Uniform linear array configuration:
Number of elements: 8
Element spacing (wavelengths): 0.5
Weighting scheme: hamming
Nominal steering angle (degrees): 30
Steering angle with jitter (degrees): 28.308
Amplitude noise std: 0.05
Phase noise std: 0.05

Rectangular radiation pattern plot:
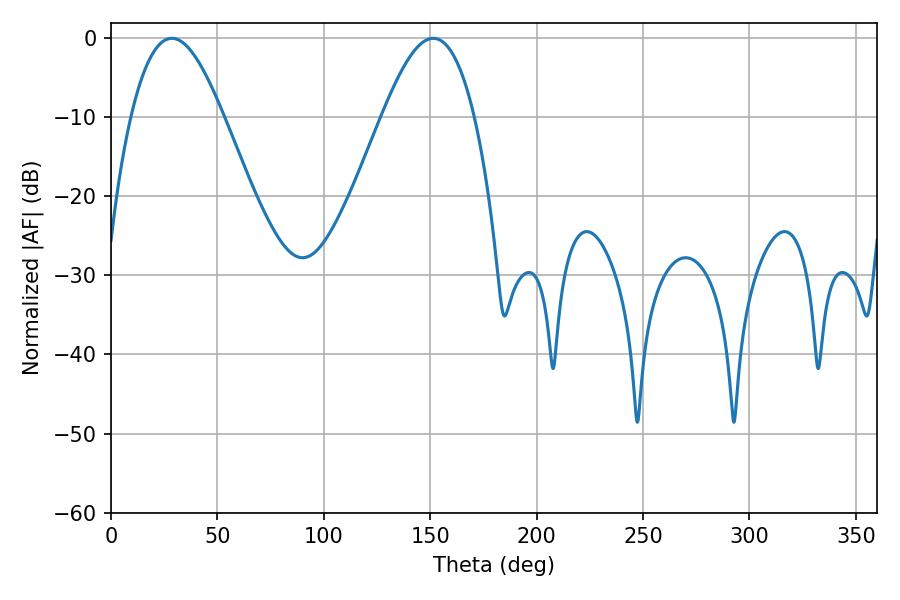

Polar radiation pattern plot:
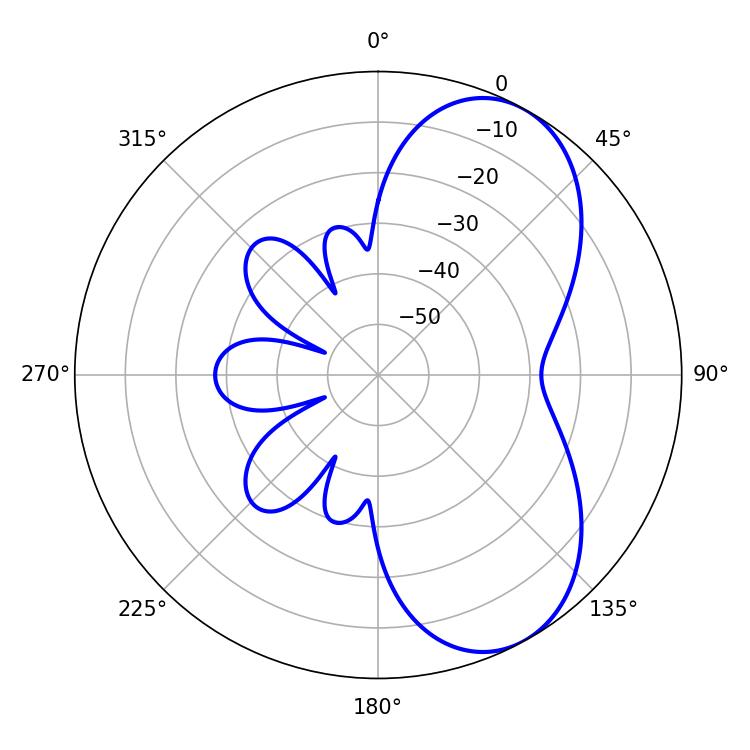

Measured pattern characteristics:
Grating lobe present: FALSE
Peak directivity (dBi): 6.543
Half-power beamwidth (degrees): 23.4
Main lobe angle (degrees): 28.62